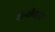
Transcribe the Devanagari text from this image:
शनीवार